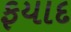
ફયાદ